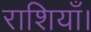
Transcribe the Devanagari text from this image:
राशियाँ।